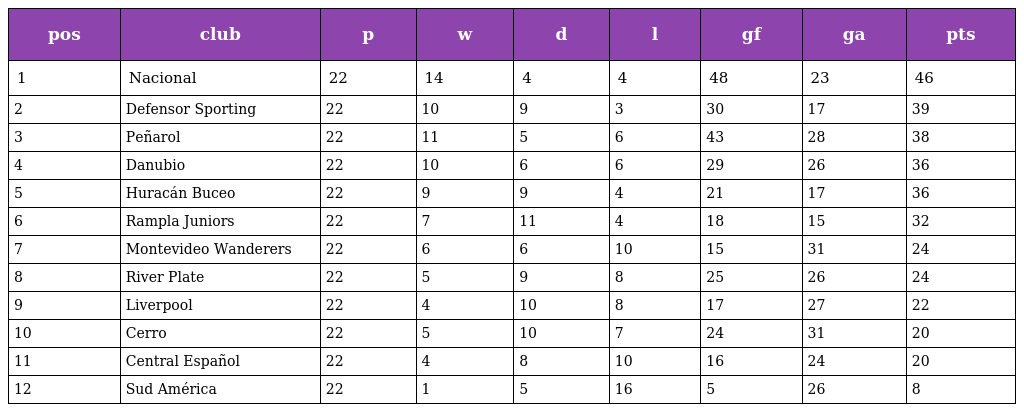
| pos | club | p | w | d | l | gf | ga | pts |
 | --- | --- | --- | --- | --- | --- | --- | --- | --- |
 | 1 | Nacional | 22 | 14 | 4 | 4 | 48 | 23 | 46 |
 | 2 | Defensor Sporting | 22 | 10 | 9 | 3 | 30 | 17 | 39 |
 | 3 | Peñarol | 22 | 11 | 5 | 6 | 43 | 28 | 38 |
 | 4 | Danubio | 22 | 10 | 6 | 6 | 29 | 26 | 36 |
 | 5 | Huracán Buceo | 22 | 9 | 9 | 4 | 21 | 17 | 36 |
 | 6 | Rampla Juniors | 22 | 7 | 11 | 4 | 18 | 15 | 32 |
 | 7 | Montevideo Wanderers | 22 | 6 | 6 | 10 | 15 | 31 | 24 |
 | 8 | River Plate | 22 | 5 | 9 | 8 | 25 | 26 | 24 |
 | 9 | Liverpool | 22 | 4 | 10 | 8 | 17 | 27 | 22 |
 | 10 | Cerro | 22 | 5 | 10 | 7 | 24 | 31 | 20 |
 | 11 | Central Español | 22 | 4 | 8 | 10 | 16 | 24 | 20 |
 | 12 | Sud América | 22 | 1 | 5 | 16 | 5 | 26 | 8 |